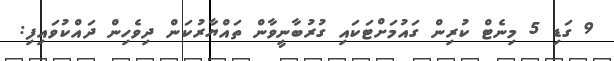
9 ގަޑި 5 މިނެޓް ކުރިން ގައުމަށްޓަކައި ގުރުބާނީވާން ތައްޔާރުކަން ދިވެހިން ދައްކުވައިފި: